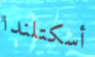
أسكتلندا